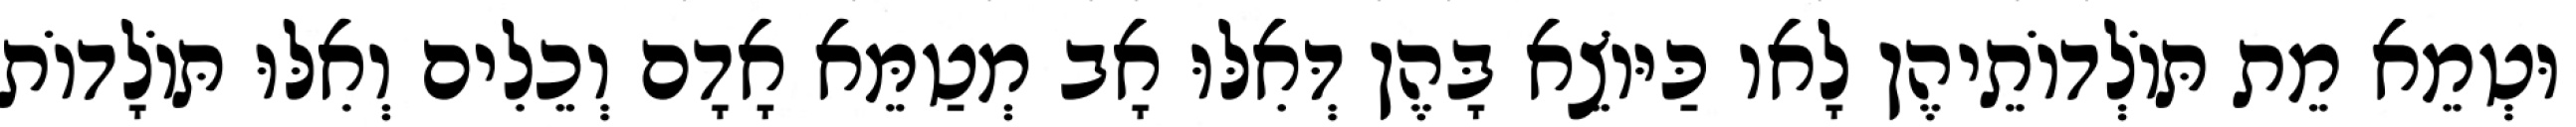
וּטְמֵא מֵת תּוֹלְדוֹתֵיהֶן לָאו כַּיּוֹצֵא בָּהֶן דְּאִלּוּ אָב מְטַמֵּא אָדָם וְכֵלִים וְאִלּוּ תּוֹלָדוֹת